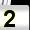
Digit: 2